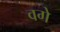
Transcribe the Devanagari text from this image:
वगे